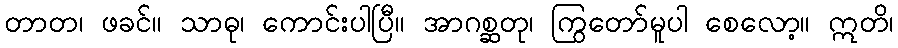
တာတ၊ ဖခင်။ သာဓု၊ ကောင်းပါပြီ။ အာဂစ္ဆတု၊ ကြွတော်မူပါ စေလော့။ ဣတိ၊